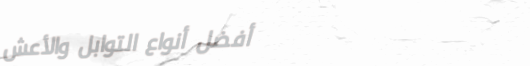
أفضل أنواع التوابل والأعش